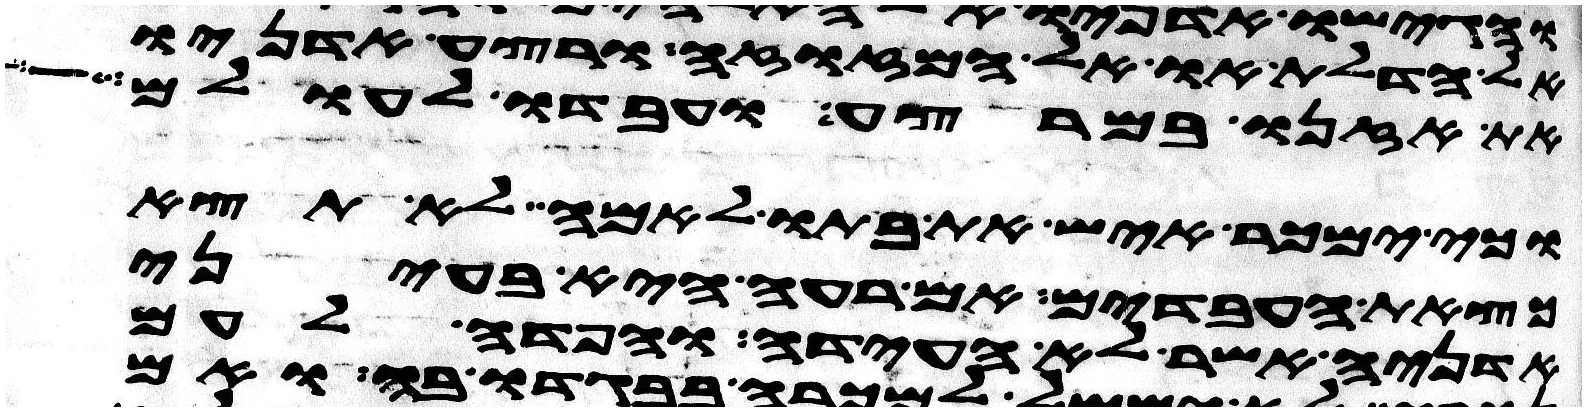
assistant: אל הדלת או אל המזוזה ורצע אדניו
את אזנו במרצע ועבדו לעולם
וכי ימכר איש את בתו לאמה לא תצא
כצאת העבדים אם רעה היא בעיני
אדניה אשר לא העידה והפדה לעם